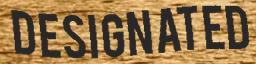
DESIGNATED